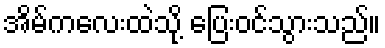
အိမ်ကလေးထဲသို့ ပြေးဝင်သွားသည်။